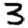
Digit: 3